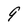
Character: 9